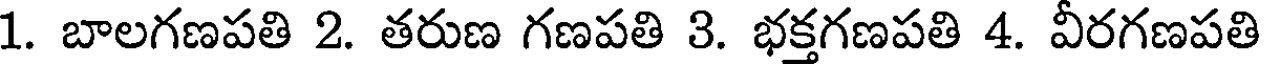
1. బాలగణపతి 2. తరుణ గణపతి 3. భక్తగణపతి 4. వీరగణపతి